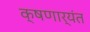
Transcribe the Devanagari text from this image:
क्षणार्यंत